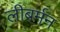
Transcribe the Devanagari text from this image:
लीबर्मन